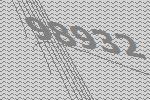
98932